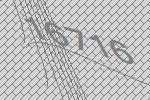
16716